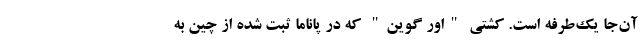
آن‌جا یک‌طرفه است. کشتی "اِوِر گوین" که در پاناما ثبت شده از چین به